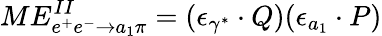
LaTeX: ME_{e^{+}e^{-}\rightarrow a_{1}\pi}^{II}=({\epsilon_{\gamma^{*}}}\cdot Q)(\epsilon_{a_{1}}\cdot P)